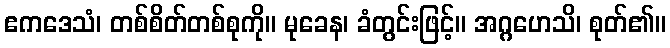
ဧကဒေသံ၊ တစ်စိတ်တစ်စုကို။ မုခေန၊ ခံတွင်းဖြင့်။ အဂ္ဂဟေသိ၊ စုတ်၏။